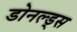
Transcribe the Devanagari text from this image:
डोनल्ड्स